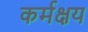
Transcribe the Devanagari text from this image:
कर्मक्षय